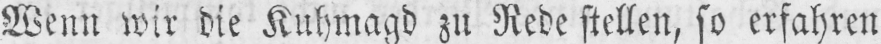
Wenn wir die Kuhmagd zu Rede stellen, so erfahren